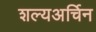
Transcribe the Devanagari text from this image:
शल्यअर्चिन